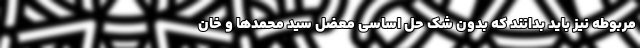
مربوطه نیز باید بدانند که بدون شک حل اساسی معضل سید محمد‌ها و خان